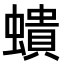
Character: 𧑋